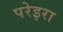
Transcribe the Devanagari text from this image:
परेइरा